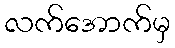
လက်အောက်မှ